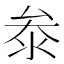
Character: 𭆞